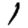
Digit: 1